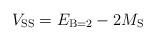
LaTeX: \begin{align*}V_{\mathrm{SS}} = E_{\mathrm{B}=2} - 2 M_{\mathrm{S}}\end{align*}